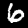
Digit: 6